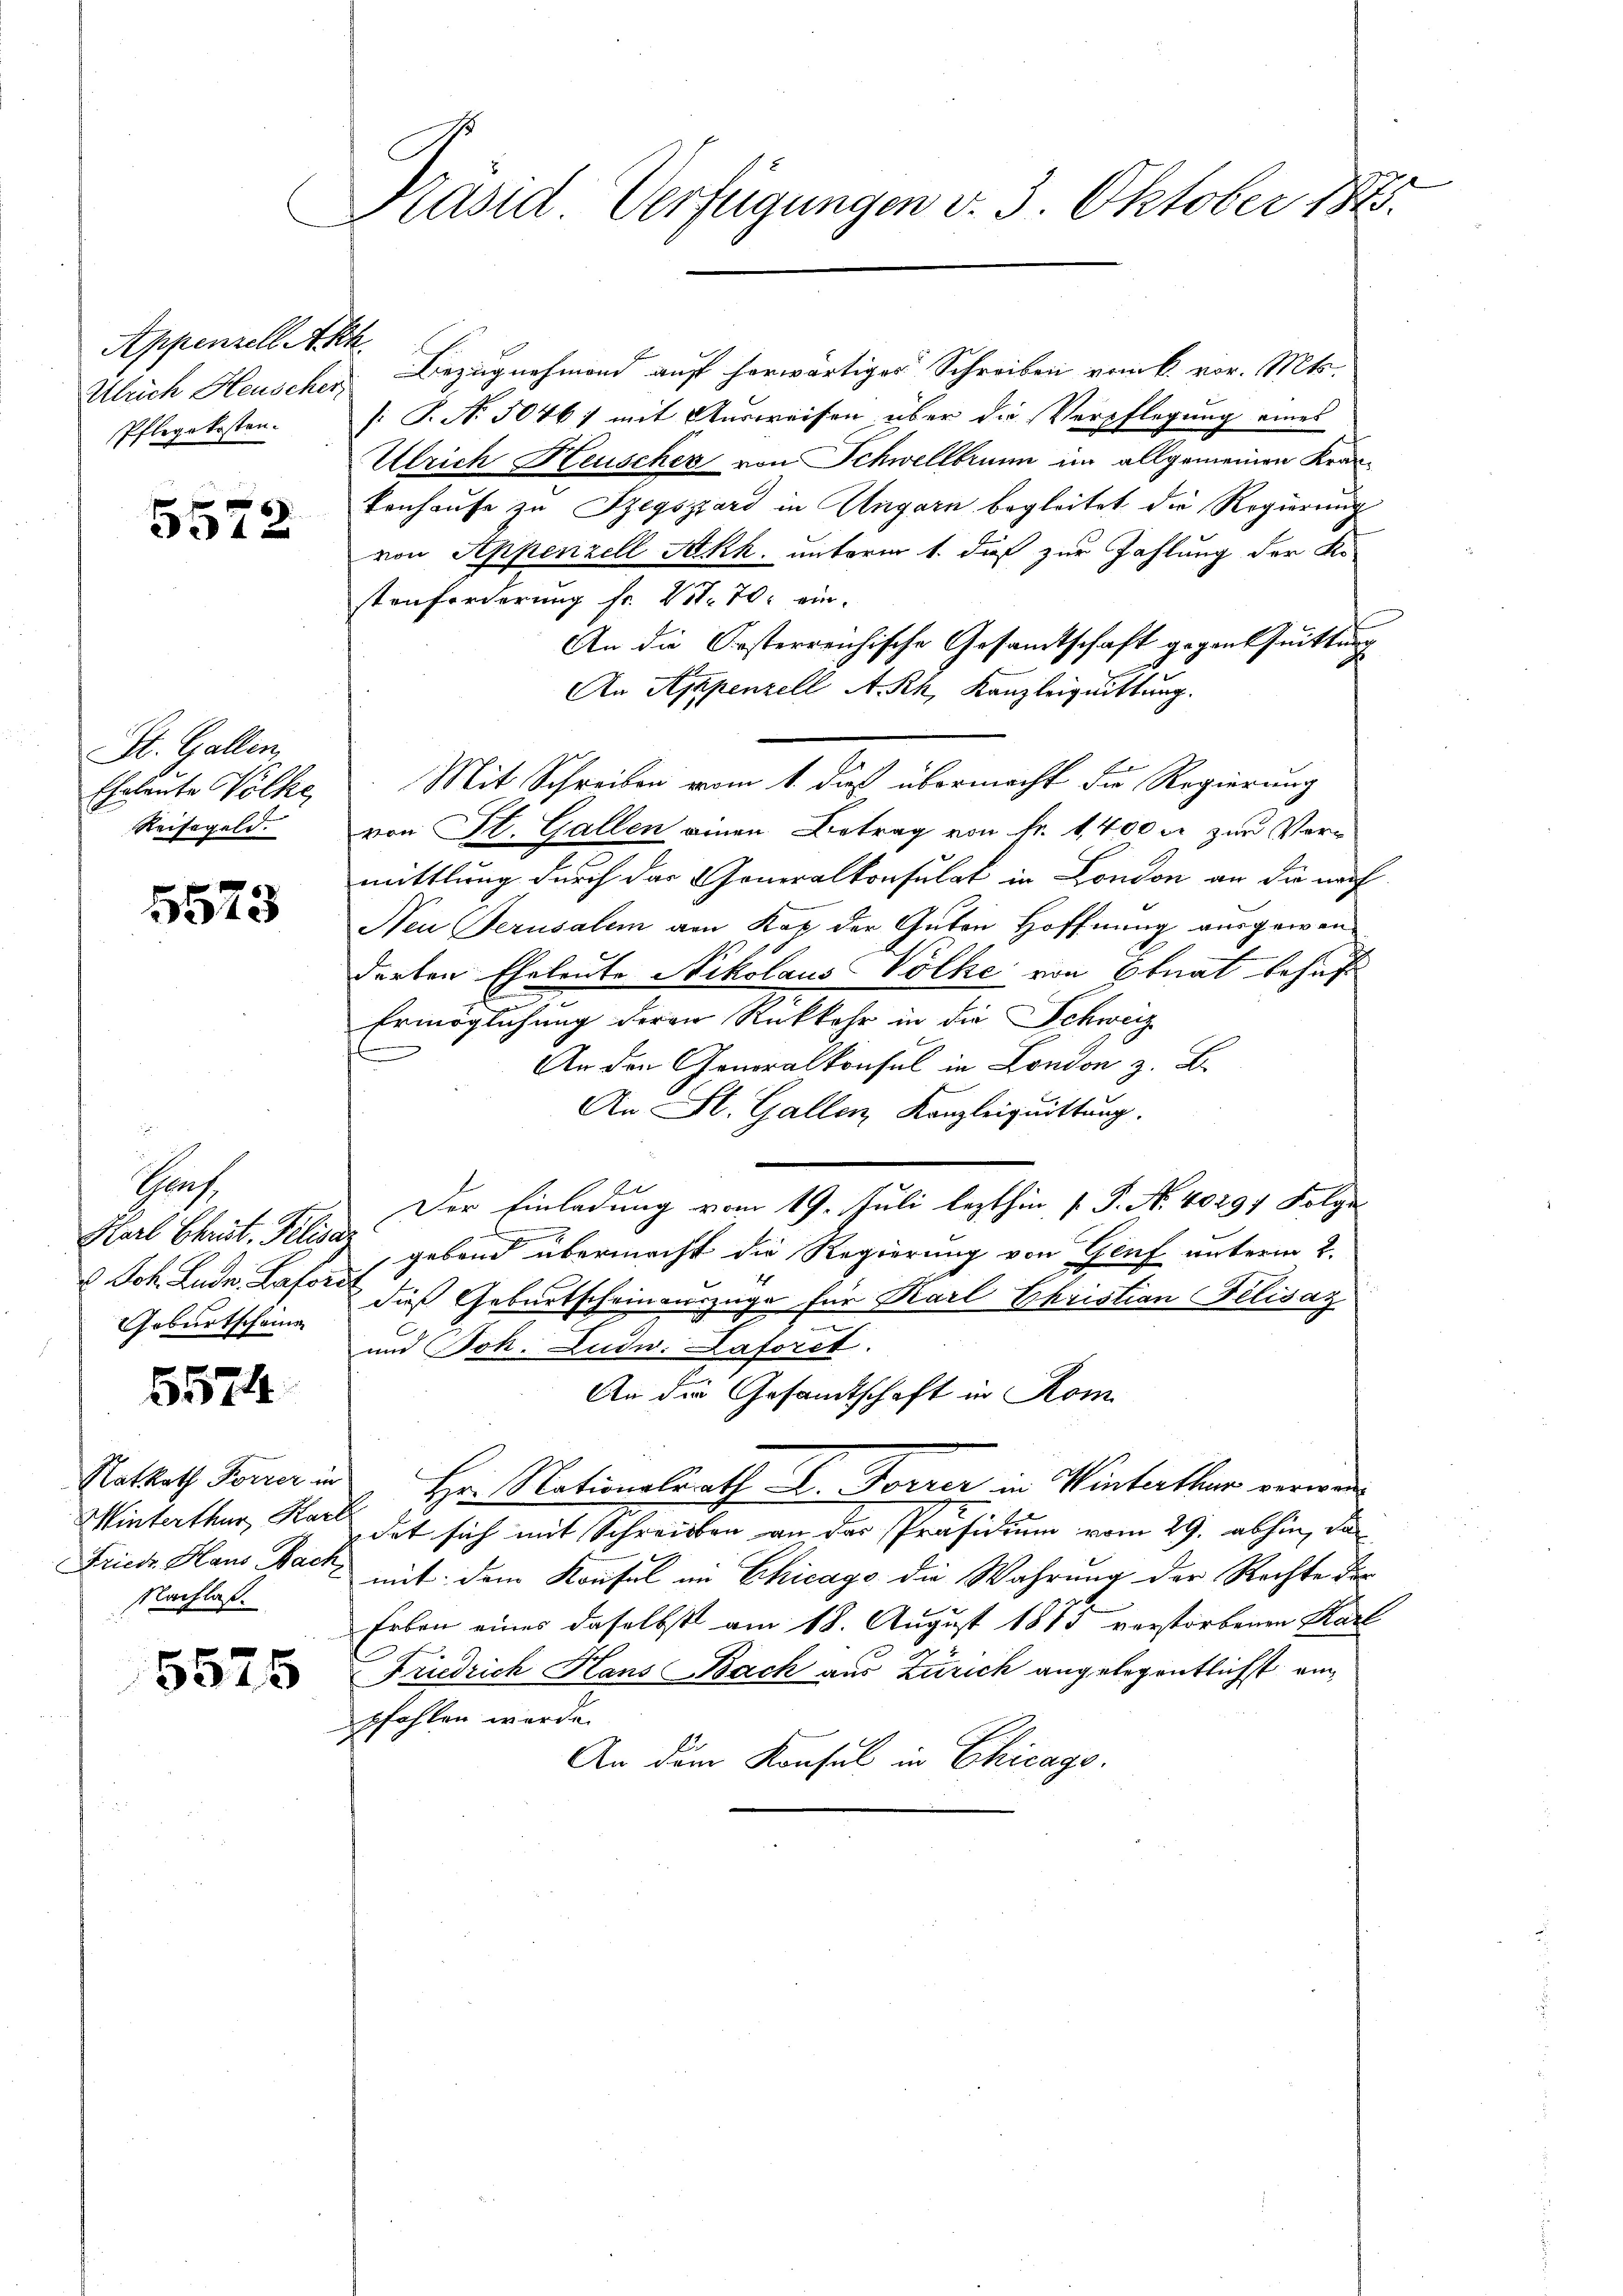
Appenzell Akh.
Ulrich Heuscher

5572

St. Gallen
Eheleute Völke
Reisegeld.

5573

Sach
Herl Christ. Filisa
6 Joh. Ludw. Laforde
Geburtscheinen

6574

Winterthur, Karl
Nachlaß.

5575

Präsid Verfügungen v. 3. Oktober 188.

Bezugnahmend auf herwärtiges Schreiben vom 6. vor. Mts.
Pflegekosten. (T. N. 50461 mit Ausweisen über die Verpflegung eines
Ulrich Heuscher von Schwellbrunn im allgemeinen Kran¬
Tonhause zu Szegszárd in Ungarn begleitet die Regierung
von Appenzell Akk. unterm 1. dieß zur Zahlung der Ko
stenforderung fr. 211. 70. ein.
An die Orsterreichische Gesamtschaft gegen Quittier
J
An Appenzell A.-Rh. Kanzleiquittung.
Mit Schreiben vom 1. dieß übermacht die Regierung
von St. Gallen einen Betrag von Fr. 1400 s zur Vermittlung durch das Generalkonsulat in London an die nach
Nei Perusalem am Kap der Guten Hoffnung ausgewenderten Eheleute Nikolaus Volke von Ebnat behuf
Ermöglichung deren Rückkehr in die Schweiz
An den Generalkonsul in London z. B.
An St. Gallen, Kanzleiquittung.
A
Der Einladung vom 19. Juli lezthin 1. P. Nr. 40294 Folge
.
gebend übermacht die Regierung von Genf unterm 2.
dieß Geburtscheinauszuge für Karl Christian Felisaz
und Joh. Ludw. Laforet.
An die Gesandtschaft in Rom
Ratrath Forrer in Hr. Nationalrath E. Forrer in Winterthur verwan
det sich mit Schreiben an der Präsidium vom 29. abhin, da
Friede Haus Back mit dem Konsul im Chicago die Wahrung der Rechte der
Erben eines daselbst am 18. August 1813 verstorbenen Karl
Friedrich Hans Bach aus Zürich angelegentlichst einpfohlen werde.
An dem Konsul in Chicago.